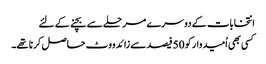
انتخابات کے دوسرے مرحلے سے بچنے کے لئے
کسی بھی اُمیدوار کو 50 فیصد سے زائد ووٹ حاصل کرنا تھے۔